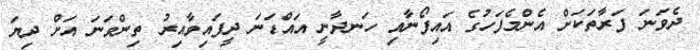
ދެވަނަ ފަރާތަކަށް އެންމެފަހުގެ އައިފޯނާއި ހަނދާނީ އައްޑަނަ ދީފައިވާއިރު ތިންވަނަ އަށް ދިޔަ